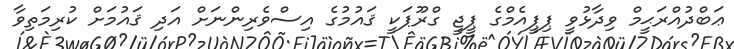
ޢަބްދުއްރަޙީމް ވިދާޅުވީ ޕިޕީއެމްގެ ޕީޖީ ގްރޫޕަކީ ޤައުމުގެ އިސްވެރިންނަށް އަދި ޤައުމަށް ކުރިމަތިވާ